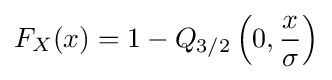
F_{X}(x)=1-Q_{3/2}\left(0,{\frac {x}{\sigma }}\right)